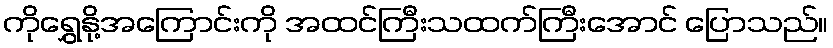
ကိုရွှေနို့အကြောင်းကို အထင်ကြီးသထက်ကြီးအောင် ပြောသည်။